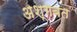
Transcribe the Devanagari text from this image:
अश्गबत